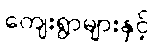
ကျေးရွာများနှင့်